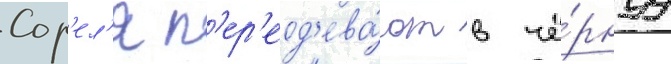
Сор'ел'я п'ер'еод'ева́ют в чё́рнуу